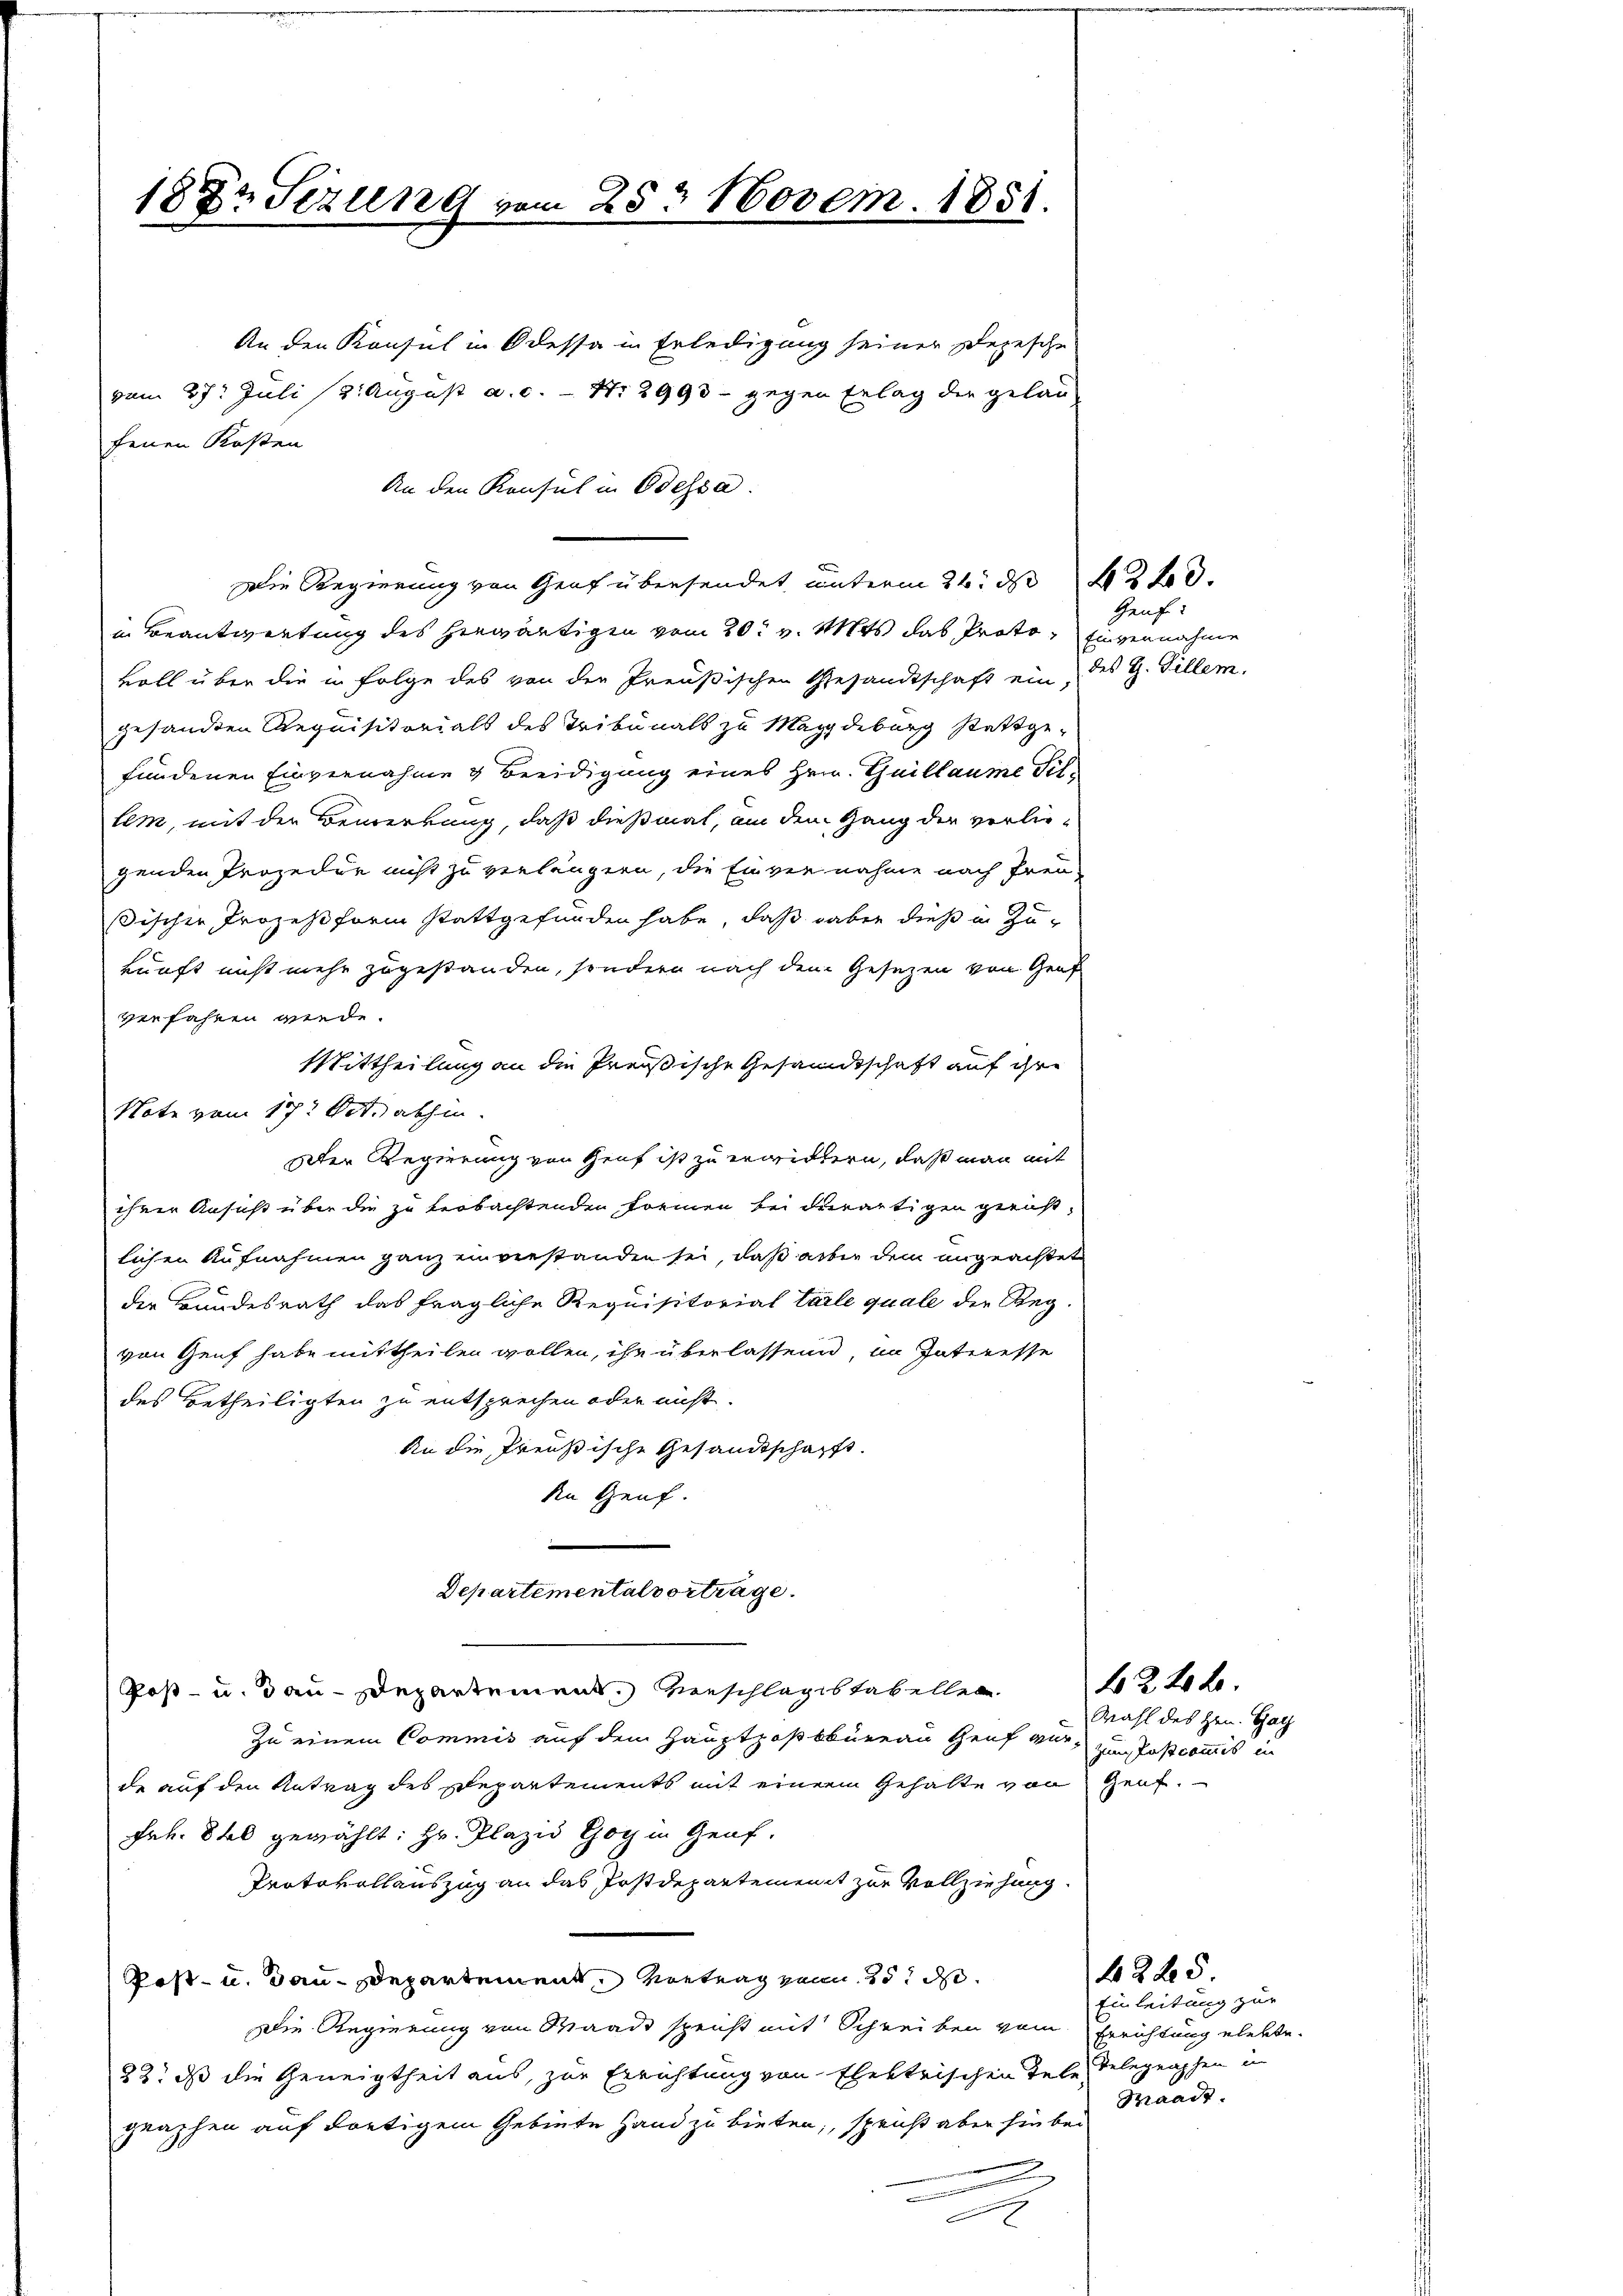
1882 Sezung vom 28. Novem. 1851.

An den Konsul in Odessa in Erledigung seiner Depesche
vom 27. Juli (2. August a. c. - Nr. 2993 - gegen Erlag der gelan
fenen Kosten
An den Konsul in Odessa.
Die Regierung von Graf übersendet unterm 24. d. 230.
in Beantwortung des herwärtigen vom 20t v. Mts. das Proto, Einvernahme
voll über die in Folge des von den Preußischen Gesandtschaft ein, des G. Tillem,
gesandten Requisitorials des Tribunals zu Magdeburg stattgefundenen Einvernahme & Beeidigung eines Hrn. Guillaume Tillem, mit der Bemerkung, daß dießmal, an dem Gang der verliegenden Prozedur nicht zu verlängern, die Einvernahme nach freu-
sischen Prozeßform stattgefunden habe, daß daben dieß in Zukunft nicht mehr zugestanden, sondern nach dem Gesezen von Graf
verfahren werde.
Mittheilung an die Preußische Gesandtschaft auf ihre
Note vom 17. Oct. abhin
Der Regierung von Genf ist zu erwickern, daß man mit
ihrer Ansucht über die zu beobachtenden Formen bei derartigen geristlichen Aufnahmen ganz einverstanden sei, daß aber dem angeachtet
der Bundesrath das fragliche Requisitorial tarle quale die Regvon Genf habe mittheilen wollen, ihn überlassend, im Interesse
des Betheiligten zu entsprechen oder nicht.
An die Preußische Gesandtschafft.
An Heuf.
e
Departementalvortrage.
Post- u. Bau-Departement. Verschlagstabellen.
zu einem Commis auf dem Hauptpostbüreau Genf vor-
de auf den Antrag des Departements mit einem Gehalte von Genf.
Frk. 80 gewählt: Hr. Plazio Goy in Genf,
Protokollauszug an das Postdepartement zur Vollziehung.
Post- u. Bau-Departement Vortrag gen 25 de
Die Regierung von Waadt spricht mit Schreiben vom Errichtung elebte
23. ds die Geneigtheit aus, zur Errichtung von Elektrischen Tele Telegraphen in
graphen auf dortigem Gebiete Hand zu bieten, spruß aber hin bei
2

Geuf:

No. 2. 20 Ro.
Mahl des Hrn. Hatz
zum Tasscommis in

Einleitung zur
Maait.

42 x